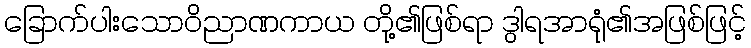
ခြောက်ပါးသောဝိညာဏကာယ တို့၏ဖြစ်ရာ ဒွါရအာရုံ၏အဖြစ်ဖြင့်